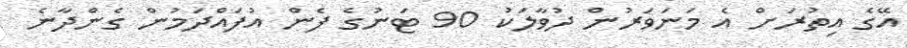
އޭގެ އިތުރަށް އެ މަނަވަރުން ދުވާލަކު 90 ޓަނުގެ ފެން އުފައްދަމުން ގެންދާނެ